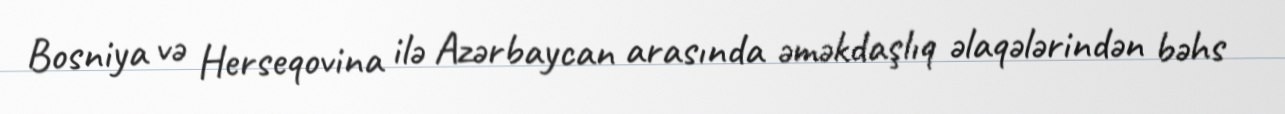
Bosniya və Herseqovina ilə Azərbaycan arasında əməkdaşlıq əlaqələrindən bəhs